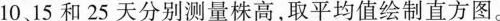
10、15和25天分别测量株高，取平均值绘制直方图。